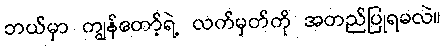
ဘယ်မှာ ကျွန်တော့်ရဲ့ လက်မှတ်ကို အတည်ပြုရမလဲ။